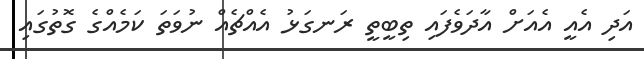
އަދި އެއީ އެއަށް އާދަވެފައި ތިބީތީ ރަނގަޅު އެއްޗެއް ނުވަތަ ކަމެއްގެ ގޮތުގައި